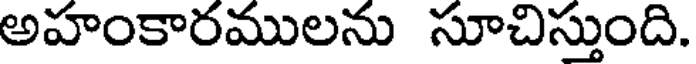
అహంకారములను సూచిస్తుంది.